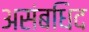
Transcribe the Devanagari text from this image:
असंबधिद